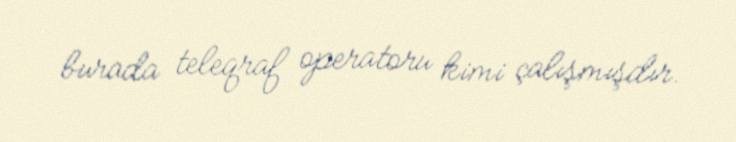
burada teleqraf operatoru kimi çalışmışdır.